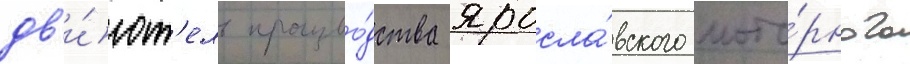
дв'и́гат'ель произво́дства яросла́вского мото́рного